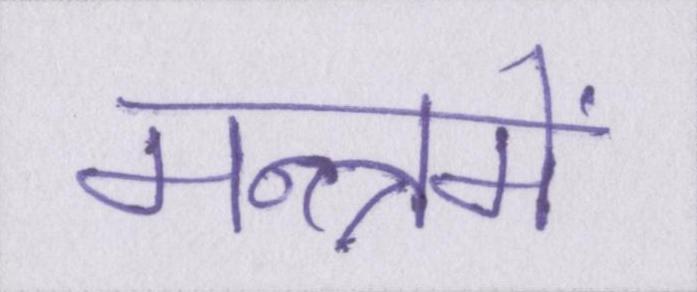
मन्त्रमें